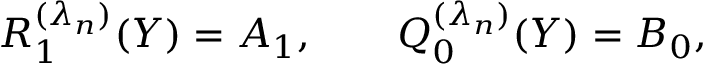
R _ { 1 } ^ { ( \lambda _ { n } ) } ( Y ) = A _ { 1 } , \qquad Q _ { 0 } ^ { ( \lambda _ { n } ) } ( Y ) = B _ { 0 } ,